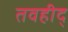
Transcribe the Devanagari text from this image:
तवहीद्